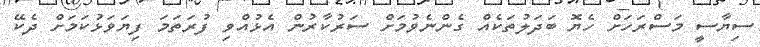
ސިޔާސީ މަސްރަހަށް ހެޔޮ ބަދަލުތަކެއް ގެންނެވުމަށް ސަރުކާރުން އެޅުއްވި ފުރަތަމަ ފިޔަވަޅުކަމަށް ދެކޭ